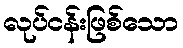
လုပ်ငန်းဖြစ်သော